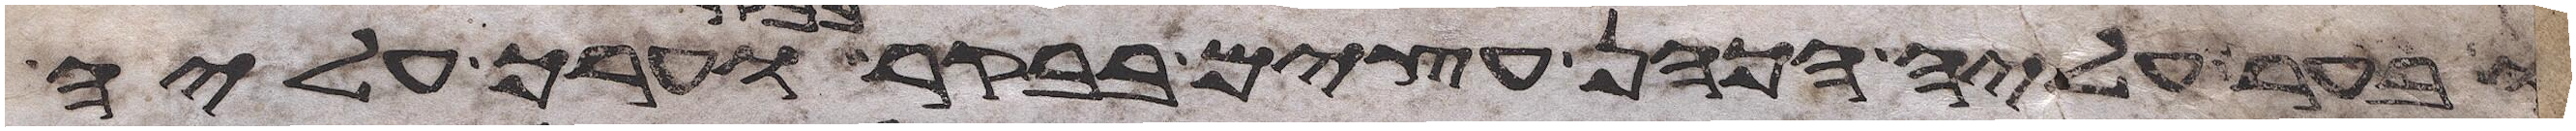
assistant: ובער עליה הכהן עצים בבקר בבקר וערך עליה